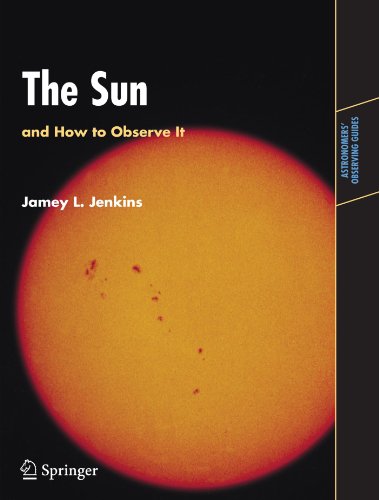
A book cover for The Sun and How to Observe It (Astronomers' Observing Guides); Jamey L. Jenkins; Science & Math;